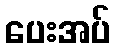
ပေးအပ်